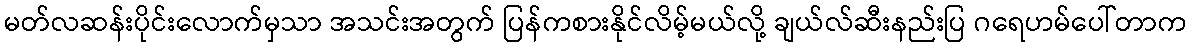
မတ်လဆန်းပိုင်းလောက်မှသာ အသင်းအတွက် ပြန်ကစားနိုင်လိမ့်မယ်လို့ ချယ်လ်ဆီးနည်းပြ ဂရေဟမ်ပေါ်တာက